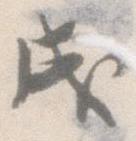
成